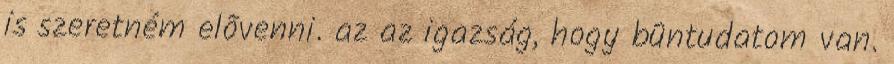
is szeretném elõvenni. az az igazság, hogy bûntudatom van.